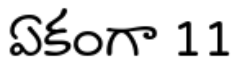
ఏకంగా 11